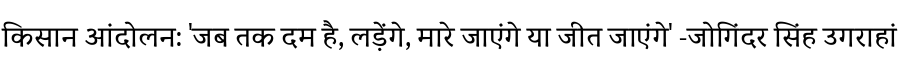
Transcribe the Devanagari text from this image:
किसान आंदोलन: 'जब तक दम है, लड़ेंगे, मारे जाएंगे या जीत जाएंगे' -जोगिंदर सिंह उगराहां